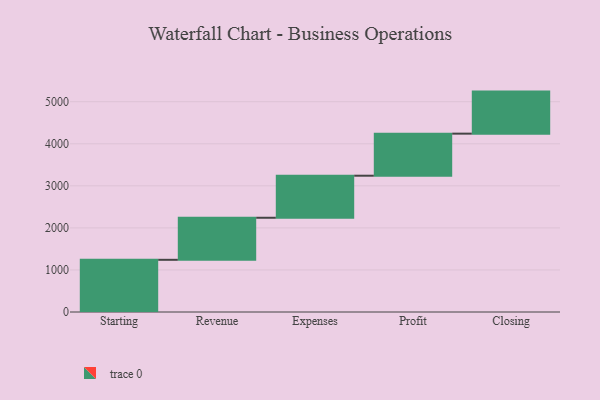
{"axis": {"x": "Step", "y": "Value"}, "legend": [""], "data": [{"x": "Starting", "y": 1241.0, "type": ""}, {"x": "Revenue", "y": 1000, "type": ""}, {"x": "Expenses", "y": 1000, "type": ""}, {"x": "Profit", "y": 1000, "type": ""}, {"x": "Closing", "y": 1000, "type": ""}]}